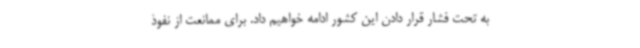
به تحت فشار قرار دادن این کشور ادامه خواهیم داد. برای ممانعت از نفوذ